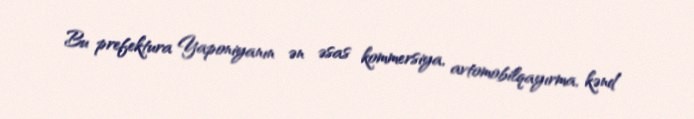
Bu prefektura Yaponiyanın ən əsas kommersiya, avtomobilqayırma, kənd